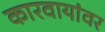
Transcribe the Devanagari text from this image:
कारवायांवर